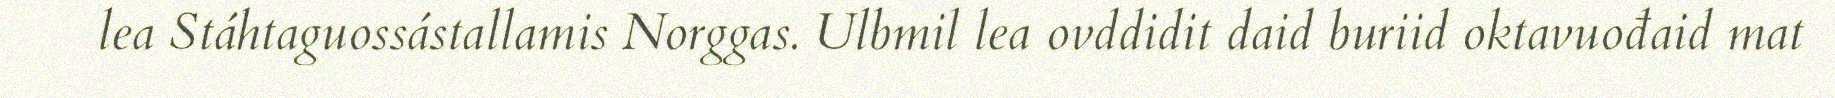
lea Stáhtaguossástallamis Norggas. Ulbmil lea ovddidit daid buriid oktavuođaid mat